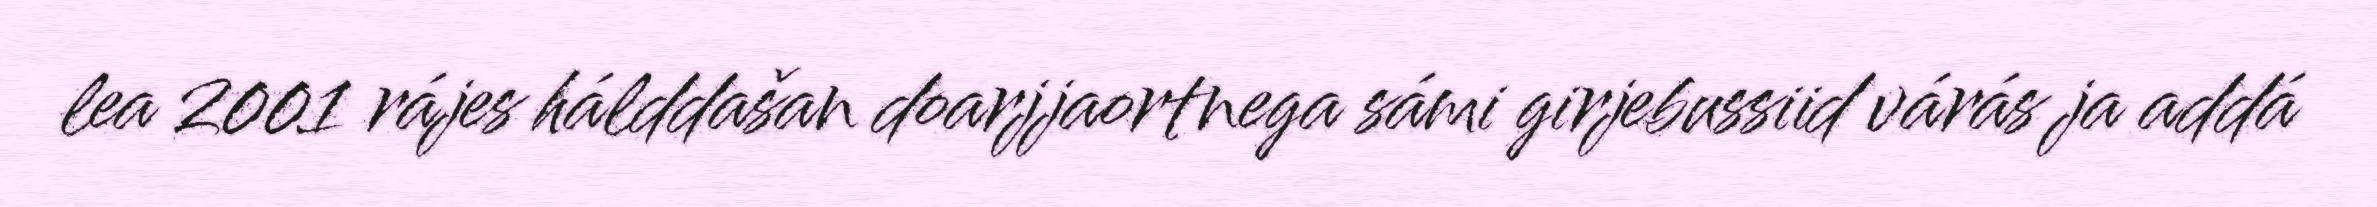
lea 2001 rájes hálddašan doarjjaortnega sámi girjebussiid várás ja addá